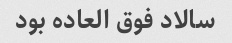
سالاد فوق العاده بود